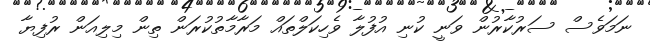
ނަމަވެސް ސަރުކާރުން ވަނީ ކުނި އުފުލާ ވެހިކަލްތައް މަރާމާތުކުރަން ތިން މިލިއަން ރުފިޔާ